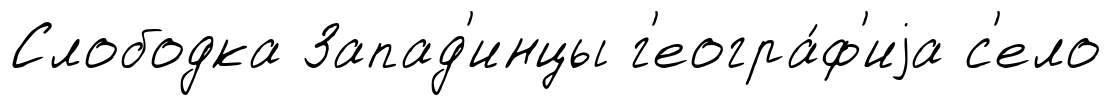
Слободка Запад'инцы г'еогра́ф'иjа с'ело